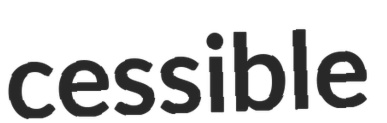
cessible